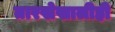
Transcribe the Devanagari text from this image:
तारखेखालीही